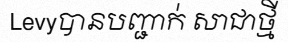
Levyបានបញ្ជាក់ សាជាថ្មី